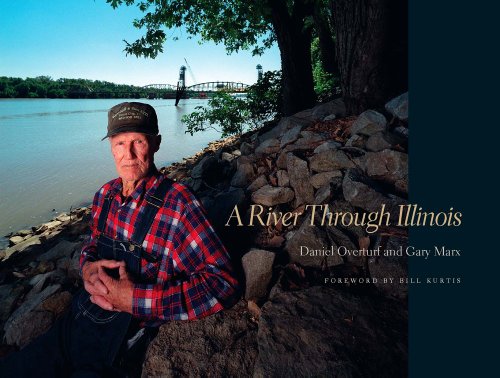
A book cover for A River Through Illinois; Associate Professor Daniel Overturf; Travel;